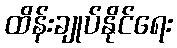
ထိန်းချုပ်နိုင်ရေး